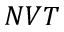
N V T